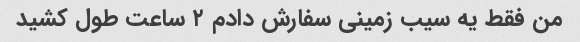
من فقط یه سیب زمینی سفارش دادم ۲ ساعت طول کشید